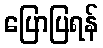
ပြောပြရန်